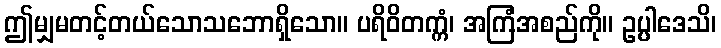
ဤမျှမတင့်တယ်သောသဘောရှိသော။ ပရိဝိတက္ကံ၊ အကြံအစည်ကို။ ဥပ္ပါဒေသိ၊